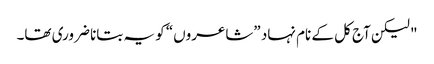
" لیکن آج کل کے نام نہاد ”شاعروں“ کو یہ بتانا ضروری تھا۔